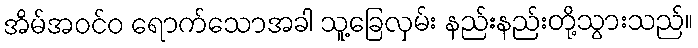
အိမ်အဝင်ဝ ရောက်သောအခါ သူ့ခြေလှမ်း နည်းနည်းတို့သွားသည်။